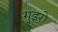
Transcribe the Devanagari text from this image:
गुइरो